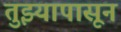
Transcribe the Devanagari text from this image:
तुझ्यापासून